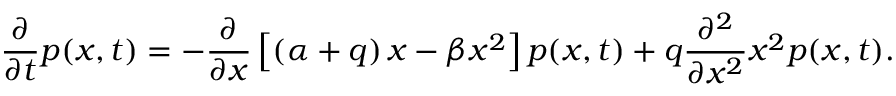
\frac { \partial } { \partial t } p ( x , t ) = - \frac { \partial } { \partial x } \left[ \left( \alpha + q \right) x - \beta x ^ { 2 } \right] p ( x , t ) + q \frac { \partial ^ { 2 } } { \partial x ^ { 2 } } x ^ { 2 } p ( x , t ) .